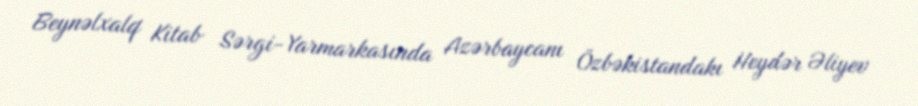
Beynəlxalq Kitab Sərgi-Yarmarkasında Azərbaycanı Özbəkistandakı Heydər Əliyev